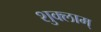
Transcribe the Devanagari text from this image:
शुक्लाम्